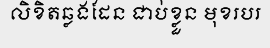
លិខិតឆ្លងដែន ជាប់ខ្លួន មុខរបរ